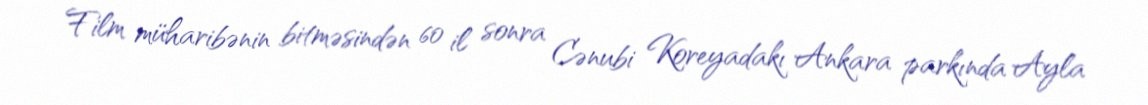
Film müharibənin bitməsindən 60 il sonra Cənubi Koreyadakı Ankara parkında Ayla